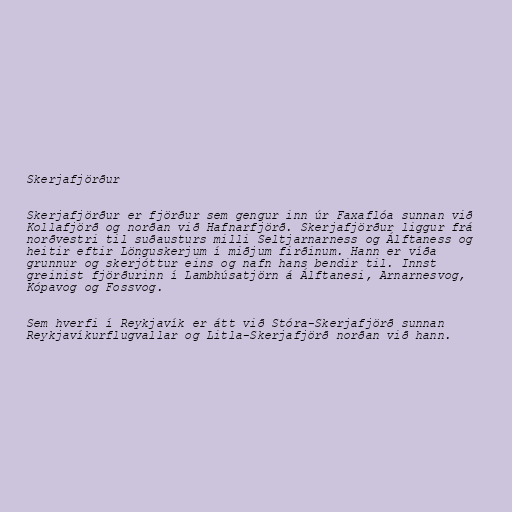
Skerjafjörður

Skerjafjörður er fjörður sem gengur inn úr Faxaflóa sunnan við
Kollafjörð og norðan við Hafnarfjörð. Skerjafjörður liggur frá
norðvestri til suðausturs milli Seltjarnarness og Álftaness og
heitir eftir Lönguskerjum í miðjum firðinum. Hann er víða
grunnur og skerjóttur eins og nafn hans bendir til. Innst
greinist fjörðurinn í Lambhúsatjörn á Álftanesi, Arnarnesvog,
Kópavog og Fossvog.

Sem hverfi í Reykjavík er átt við Stóra-Skerjafjörð sunnan
Reykjavíkurflugvallar og Litla-Skerjafjörð norðan við hann.